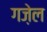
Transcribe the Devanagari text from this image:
गज़ेल